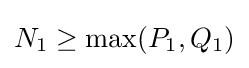
N_{1}\geq \max(P_{1},Q_{1})